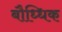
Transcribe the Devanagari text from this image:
बौध्धिक